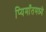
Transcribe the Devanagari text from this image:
प्यिमाँतमध्ये